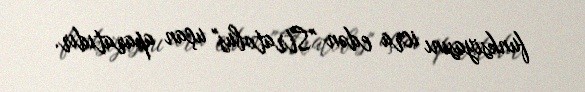
funksiyasını icra edən "Stratobus" uçan aparatıdır.